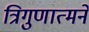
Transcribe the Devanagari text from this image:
त्रिगुणात्मने